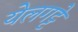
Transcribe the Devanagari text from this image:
येलगट्टे